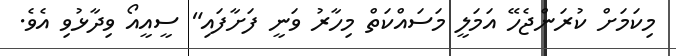
މިކަމަށް ކުރަންޖެހޭ އަމަލީ މަސައްކަތް މިހާރު ވަނީ ފަށާފައި" ސީއީއޯ ވިދާޅުވި އެވެ.